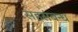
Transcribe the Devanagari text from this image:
सहसंबन्ध